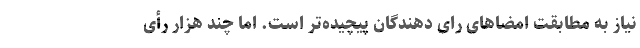
نیاز به مطابقت امضاهای رای دهندگان پیچیده‌تر است. اما چند هزار رأی